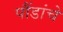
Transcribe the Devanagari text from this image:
पौंडांचे